Report by Surgeon-Captain Childe, I.M.S. - Part II
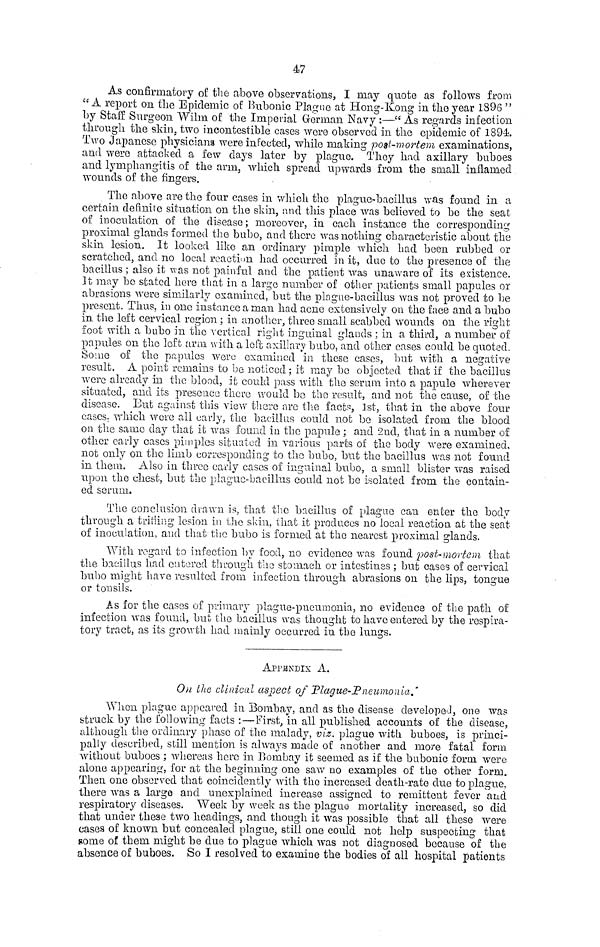
47
As confirmatory of the above observations, I may quote as follows from
"A report on the Epidemic of Bubonic Plague at Hong-Kong in the year 1896 "
by Staff Surgeon Wilm of the Imperial German Navy :—" As regards infection
through the skin, two incontestible cases wore observed in the epidemic of 1894.
Two Japanese physicians were infected, while making post-mortem examinations,
and were attacked a few days later by plague. They had axillary buboes
and lymphangitis of the arm, which spread upwards from the small inflamed
wounds of the fingers.
The above are the four cases in which the plague-bacillus was found in a
certain definite situation on the skin, and this place was believed to be the seat
of inoculation of the disease ; moreover, in each instance the corresponding
proximal glands formed the bubo, and there was nothing characteristic about the
skin lesion. It looked like an ordinary pimple which had been rubbed or
scratched, and no local reaction had occurred in it, due to the presence of the
bacillus ; also it was not painful and the patient was unaware of its existence.
It may be stated here that in a large number of other patients small papules or
abrasions were similarly examined, but the plague-bacillus was not proved to be
present. Thus, in one instance a man had acne extensively on the face and a bubo
in the left cervical region ; in another, three small scabbed wounds on the right
foot with a bubo in the vertical right inguinal glands ; in a third, a number of
papules on the left arm with a left axillary bubo, and other cases could be quoted.
Some of the papules were examined in these cases, but with a negative
result. A point remains to be noticed ; it may bo objected that if the bacillus
were already in the blood, it could pass with the serum into a papule wherever
situated, and its presence there would bo the result, and not the cause, of the
disease. But against this view there are the facts, 1st, that in the above four
cases, which were all early, the bacillus could not be isolated from the blood
on the samo day that it was found in the papule ; and 2nd, that in a number of
other early cases pimplos situated in various parts of the body were examined,
not only on the limb corresponding to the bubo, but the bacillus was not found
in them. Also in three early cases of inguinal bubo, a small blister was raised
upon the chest, but the plague-bacillus could not be isolated from the contain-
ed serum.
The conclusion diawn is, that the bacillus of plague can enter the body
through a trilling lesion in the skin, that it produces no local reaction at the seat
of inoculation, and that the bubo is formed at the nearest proximal glands.
With regard to infection by food, no evidence was found post-mortem that
the bacillus had entered through the stomach or intestines ; but cases of cervical
bubo might have resulted from infection through abrasions on the lips, tongue
or tonsils.
As for the cases of primary plague-pneumonia, no evidence of the path of
infection was found, but the bacillus was thought to have entered by the respira-
tory tract, as its growth had mainly occurred in the lungs.
APPENDIX A.
On the clinical aspect of Plague-Pneumonía.'
When plague appeared in Bombay, and as the disease developed, one was
struck by the following facts :—First, in all published accounts of the disease,
although the ordinary phase of the malady, viz. plague with buboes, is princi-
pally described, still mention is always made of another and more fatal form
without buboes ; whereas here in Bombay it seemed as if the bubonic form were
alone appearing, for at the beginning one saw no examples of the other form.
Then one observed that coincidently with the increased death-rate due to plague,
there was a largo and unexplained increase assigned to remittent fever and
respiratory diseases. Week by week as the plague mortality increased, so did
that under these two headings, and though it was possible that all these were
cases of known but concealed plague, still one could not help suspecting that
some of them might be due to plague which was not diagnosed because of the
absence of buboes. So I resolved to examine the bodies of all hospital patients